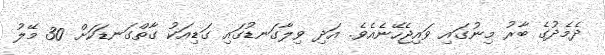
ދެމެދުގެ ބާރު މިނުގައި ވައިޖެހޭނެއެވެ. އަދި ވިލާގަނޑުގައި ގަޑިއަކު ގާތްގަނޑަކަށް 30 މޭލު